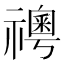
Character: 𥜊